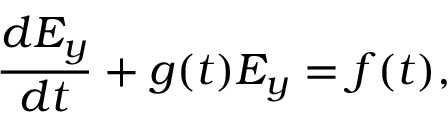
\frac { d E _ { y } } { d t } + g ( t ) E _ { y } = f ( t ) ,